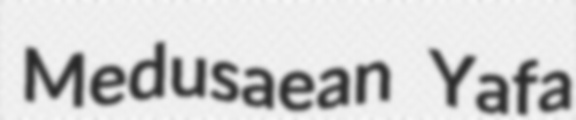
Medusaean Yafa